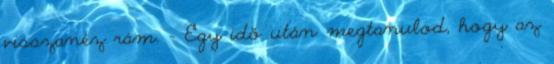
visszanéz rám. - Egy idő után megtanulod, hogy az